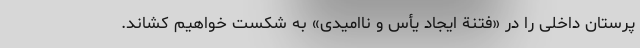
‌پرستان داخلی را در «فتنة ایجاد یأس و ناامیدی» به شکست خواهیم کشاند.